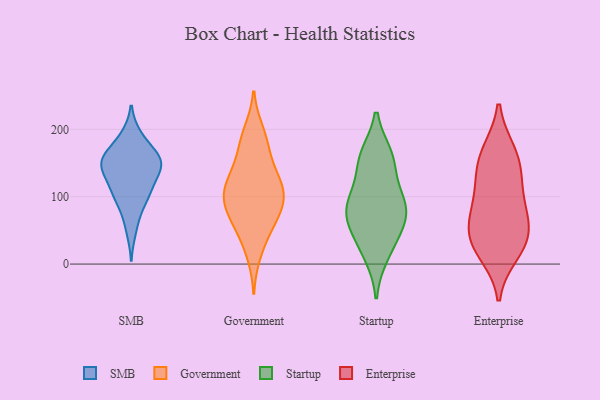
{"axis": {"x": "Satisfaction Score", "y": "Value"}, "legend": ["Enterprise", "Government", "SMB", "Startup"], "data": [{"x": "", "y": 161, "type": "SMB"}, {"x": "", "y": 160, "type": "SMB"}, {"x": "", "y": 97, "type": "SMB"}, {"x": "", "y": 191, "type": "SMB"}, {"x": "", "y": 149, "type": "SMB"}, {"x": "", "y": 190, "type": "SMB"}, {"x": "", "y": 159, "type": "SMB"}, {"x": "", "y": 105, "type": "SMB"}, {"x": "", "y": 135, "type": "SMB"}, {"x": "", "y": 100, "type": "SMB"}, {"x": "", "y": 149, "type": "SMB"}, {"x": "", "y": 49, "type": "SMB"}, {"x": "", "y": 127, "type": "SMB"}, {"x": "", "y": 107, "type": "SMB"}, {"x": "", "y": 156, "type": "SMB"}, {"x": "", "y": 144, "type": "SMB"}, {"x": "", "y": 158, "type": "SMB"}, {"x": "", "y": 128, "type": "SMB"}, {"x": "", "y": 73, "type": "SMB"}, {"x": "", "y": 122, "type": "Government"}, {"x": "", "y": 84, "type": "Government"}, {"x": "", "y": 144, "type": "Government"}, {"x": "", "y": 184, "type": "Government"}, {"x": "", "y": 65, "type": "Government"}, {"x": "", "y": 16, "type": "Government"}, {"x": "", "y": 108, "type": "Government"}, {"x": "", "y": 144, "type": "Government"}, {"x": "", "y": 110, "type": "Government"}, {"x": "", "y": 41, "type": "Government"}, {"x": "", "y": 98, "type": "Government"}, {"x": "", "y": 179, "type": "Government"}, {"x": "", "y": 196, "type": "Government"}, {"x": "", "y": 102, "type": "Government"}, {"x": "", "y": 112, "type": "Government"}, {"x": "", "y": 69, "type": "Government"}, {"x": "", "y": 70, "type": "Government"}, {"x": "", "y": 80, "type": "Startup"}, {"x": "", "y": 92, "type": "Startup"}, {"x": "", "y": 100, "type": "Startup"}, {"x": "", "y": 57, "type": "Startup"}, {"x": "", "y": 65, "type": "Startup"}, {"x": "", "y": 160, "type": "Startup"}, {"x": "", "y": 85, "type": "Startup"}, {"x": "", "y": 151, "type": "Startup"}, {"x": "", "y": 31, "type": "Startup"}, {"x": "", "y": 14, "type": "Startup"}, {"x": "", "y": 157, "type": "Startup"}, {"x": "", "y": 166, "type": "Enterprise"}, {"x": "", "y": 16, "type": "Enterprise"}, {"x": "", "y": 136, "type": "Enterprise"}, {"x": "", "y": 24, "type": "Enterprise"}, {"x": "", "y": 167, "type": "Enterprise"}, {"x": "", "y": 39, "type": "Enterprise"}, {"x": "", "y": 68, "type": "Enterprise"}, {"x": "", "y": 86, "type": "Enterprise"}, {"x": "", "y": 59, "type": "Enterprise"}, {"x": "", "y": 38, "type": "Enterprise"}, {"x": "", "y": 135, "type": "Enterprise"}, {"x": "", "y": 101, "type": "Enterprise"}]}